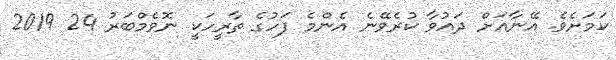
ކަމަށެވެ. އޭނާއަށް ދައުވާ ކުރެވޭނެ އެންމެ ފަހުގެ ތާރީހަކީ ނޮވެމްބަރު 24 2019